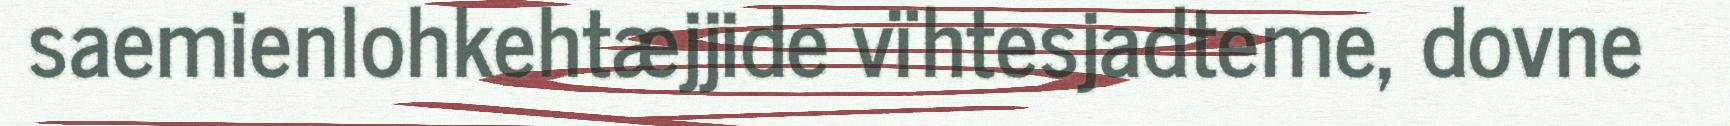
saemienlohkehtæjjide vïhtesjadteme, dovne